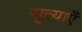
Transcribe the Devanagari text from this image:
सुत्याएँ